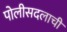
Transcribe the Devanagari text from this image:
पोलीसदलाची